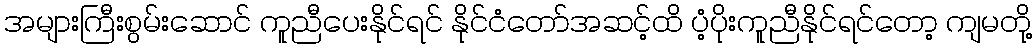
အများကြီးစွမ်းဆောင် ကူညီပေးနိုင်ရင် နိုင်ငံတော်အဆင့်ထိ ပံ့ပိုးကူညီနိုင်ရင်တော့ ကျမတို့